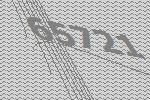
65721